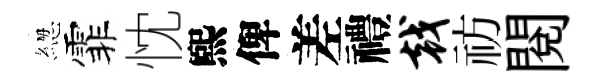
緫霏忱煕俾差禮戟祊閲